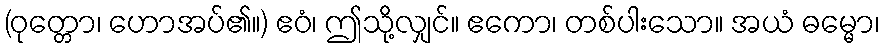
(ဝုတ္တော၊ ဟောအပ်၏။) ဧဝံ၊ ဤသို့လျှင်။ ဧကော၊ တစ်ပါးသော။ အယံ ဓမ္မော၊